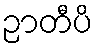
ဉာတီပိ